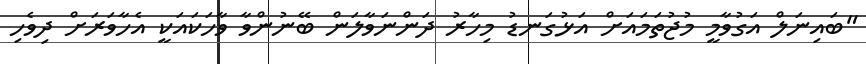
"ބައިނަލް އަގުވާމީ މުޖުތަމައަށް އަޅުގަނޑު މިހާރު ދަންނަވާލަން ބޭނުންވާ ވާހަކައަކީ އެހާވަރަށް ދިވެހި